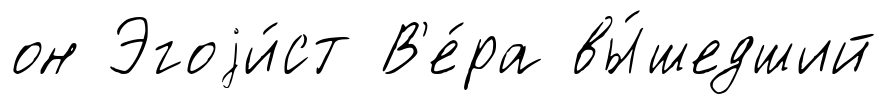
он Эгоjи́ст В'е́ра вы́шедший